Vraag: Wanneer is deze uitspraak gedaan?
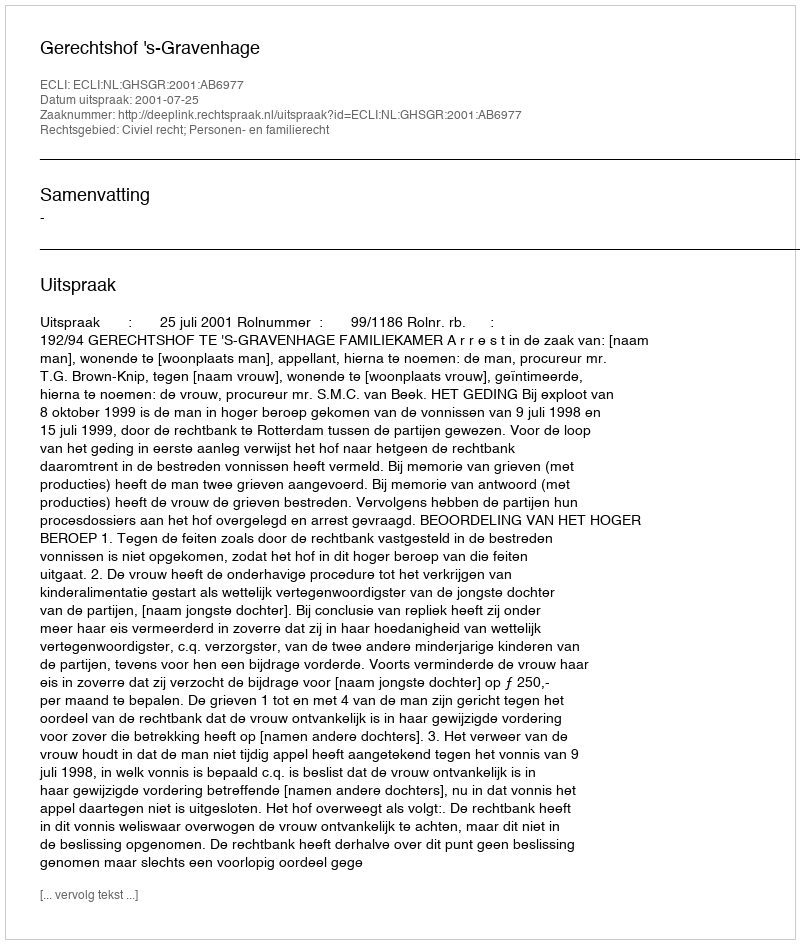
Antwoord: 2001-07-25